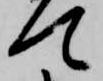
て